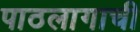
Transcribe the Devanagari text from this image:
पाठलागाची